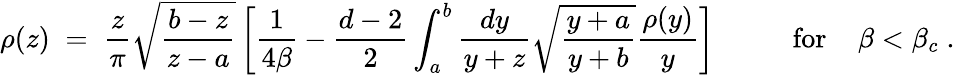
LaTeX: \rho(z)\; =\; {\frac{z}{\pi}}\sqrt{\frac{b-z}{z-a}}\left[{\frac{1}{4\beta}}-{\frac{d-2}{2}}\int_{a}^{b}{\frac{dy}{y+z}}\sqrt{\frac{y+a}{y+b}}{\frac{\rho(y)}{y}}\right]\; \; \; \; \; \; \; \; \; \; \mathrm{for}\; \; \; \; \beta<\beta_{c}\; .